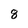
Character: 8